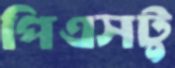
পিএসটু